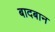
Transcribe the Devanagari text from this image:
बादबान